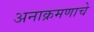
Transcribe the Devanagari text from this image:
अनाक्रमणाचे